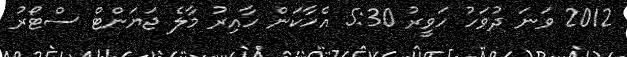
2012 ވަނަ ދުވަހު ހަވީރު 5:30 އެހާކަން ހާއިރު މާލެ ޖަޔަންޓް ސްޓޯރު